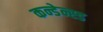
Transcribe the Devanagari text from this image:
कन्डेन्स्ड